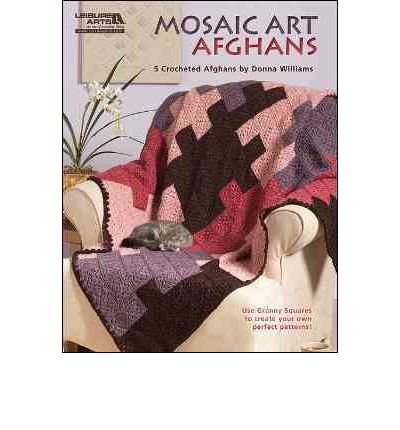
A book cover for Mosaic Art Afghans: 5 Crocheted Afghans (Paperback) - Common; By (author) Donna Williams; Arts & Photography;